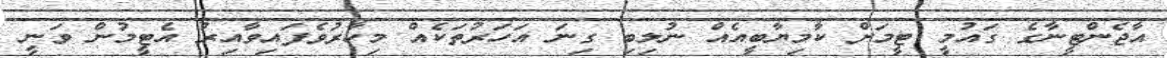
އާޖެންޓީނާގެ ގައުމީ ޓީމަށް ކާމިޔާބީއެއް ނުލިބި ގިނަ އަހަރުތަކެއް މިހާރުވެފައިވާއިރު އެޓީމުން ވަނީ